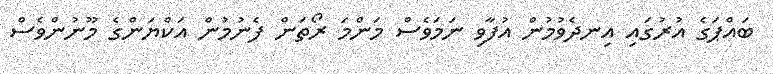
ބައްޕަގެ އުރުގައި އިނދެވުމުން އުފާވި ނަމަވެސް މަންމަ ރޯތަން ފެނުމުން އަކްޔަންގެ މޫނުންވެސް